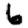
Digit: 6